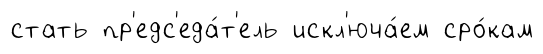
стать пр'едс'еда́т'ель искл'юча́ем сро́кам